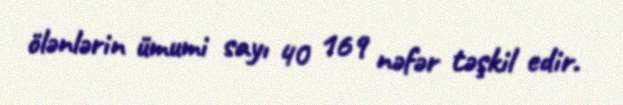
ölənlərin ümumi sayı 40 169 nəfər təşkil edir.